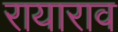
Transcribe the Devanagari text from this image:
रायाराव